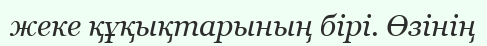
жеке құқықтарының бірі. Өзінің